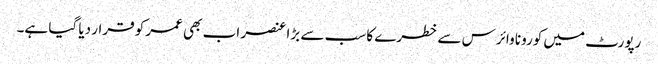
رپورٹ میں کورونا وائرس سے خطرے کا سب سے بڑا عنصر اب بھی عمر کو قرار دیا گیا ہے۔